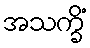
အသက္ခိံ